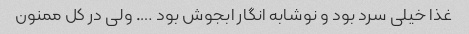
غذا خیلی سرد بود و نوشابه انگار ابجوش بود …. ولی در کل ممنون